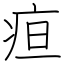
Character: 疸